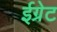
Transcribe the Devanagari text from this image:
ईग्रेट